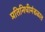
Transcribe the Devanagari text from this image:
प्रतिनिधीमंडळात